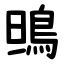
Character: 鴠